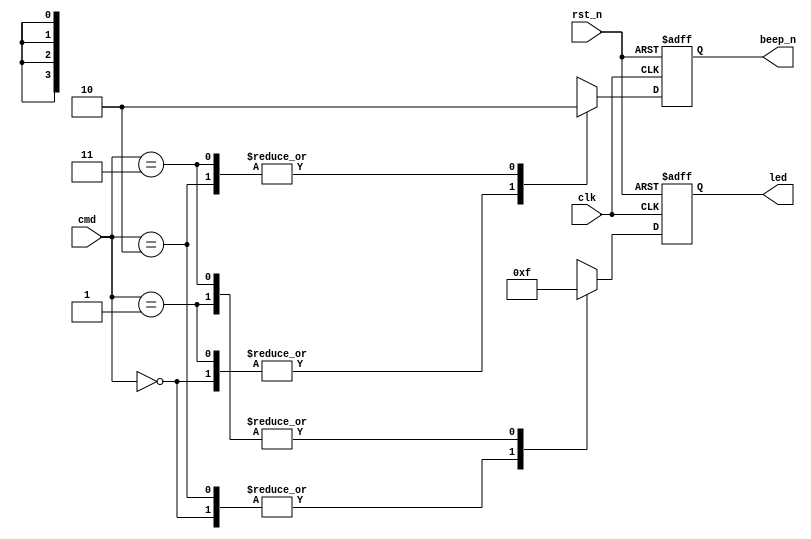
module beep_led( 
    input				clk		,
    input				rst_n	,
    input	[1:0]	    cmd	    ,
    output reg [3:0]    led     ,
    output reg          beep_n	
);								 

always @(posedge clk or negedge rst_n)begin 
    if(!rst_n)begin
        led     <= 4'd0;
        beep_n  <= 1'b1 ;
    end 
    else 
        case(cmd)
            2'b00 : begin
                led     <= 4'd0;
                beep_n  <= 1'b1;
            end
            2'b01 : begin
                led     <= 4'hf;
                beep_n  <= 1'b1;
            end
            2'b10 : begin
                led     <= 4'h0;
                beep_n  <= 1'b0;
            end
            2'b11 : begin
                led     <= 4'hf;
                beep_n  <= 1'b0;
            end
            default:begin
                led     <= 4'd0;
                beep_n  <= 1'b1;
            end
        endcase
end

                        
endmodule